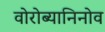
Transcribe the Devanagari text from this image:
वोरोब्यानिनोव